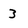
Character: 3